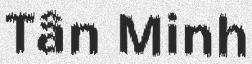
Tân Minh